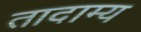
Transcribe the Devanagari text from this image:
तादाम्य